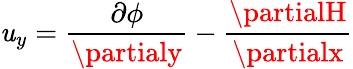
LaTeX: \mathit{u}_{y}=\frac{{\partial\phi}}{{\partialy}}-\frac{{\partialH}}{{\partialx}}